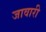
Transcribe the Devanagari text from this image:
जावारी